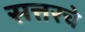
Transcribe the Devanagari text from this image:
सत्तरचे